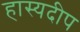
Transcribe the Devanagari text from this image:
हास्यदीप